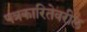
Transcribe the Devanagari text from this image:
पत्रकारितेवरील